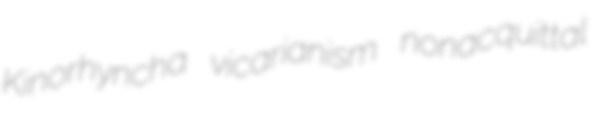
Kinorhyncha vicarianism nonacquittal